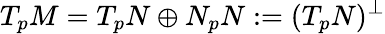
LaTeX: T_{p}M=T_{p}N\oplus N_{p}N:=(T_{p}N)^{\perp}